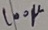
Text: 100µ